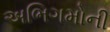
અભિગમોની